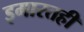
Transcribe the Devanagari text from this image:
इमारतही